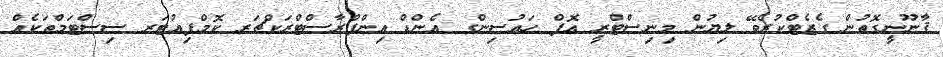
ޤާނޫނީގޮތުން ގެޒެޓްކުރެވޭ ލިޔުން މިނިސްޓްރީ އޮފް ހައުސިންގ އެންޑް އިންފްރާސްޓްރަކްޗަރ ކޮމްޕިއުޓަރ ސިސްޓަމްތަކެއް